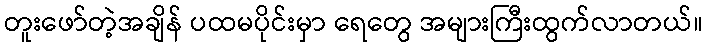
တူးဖော်တဲ့အချိန် ပထမပိုင်းမှာ ရေတွေ အများကြီးထွက်လာတယ်။